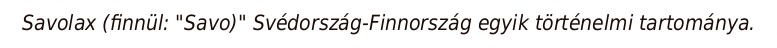
Savolax (finnül: "Savo)" Svédország-Finnország egyik történelmi tartománya.